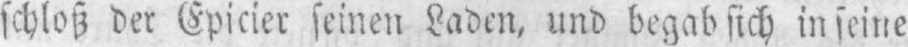
schloß der Epicier seinen Laden, und begab sich in seine